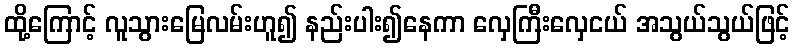
ထို့ကြောင့် လူသွားမြေလမ်းဟူ၍ နည်းပါး၍နေကာ လှေကြီးလှေငယ် အသွယ်သွယ်ဖြင့်